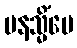
မနသ္မိံပေ